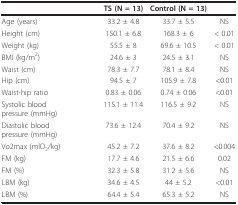
<table><thead><tr><td></td><td><b>TS (N = 13)</b></td><td><b>Control (N = 13)</b></td><td></td></tr></thead><tbody><tr><td>Age (years)</td><td>33.2 ± 4.8</td><td>33.7 ± 5.5</td><td>NS</td></tr><tr><td>Height (cm)</td><td>150.1 ± 6.8</td><td>168.3 ± 6</td><td>&lt; 0.01</td></tr><tr><td>Weight (kg)</td><td>55.5 ± 8</td><td>69.6 ± 10.5</td><td>&lt; 0.01</td></tr><tr><td>BMI (kg/m<sup>2</sup>)</td><td>24.6 ± 3</td><td>24.5 ± 3.1</td><td>NS</td></tr><tr><td>Waist (cm)</td><td>78.3 ± 7.7</td><td>78.1 ± 8.4</td><td>NS</td></tr><tr><td>Hip (cm)</td><td>94.5 ± 7</td><td>105.9 ± 7.8</td><td>&lt;0.01</td></tr><tr><td>Waist-hip ratio</td><td>0.83 ± 0.06</td><td>0.74 ± 0.06</td><td>&lt;0.01</td></tr><tr><td>Systolic blood pressure (mmHg)</td><td>115.1 ± 11.4</td><td>116.5 ± 9.2</td><td>NS</td></tr><tr><td>Diastolic blood pressure (mmHg)</td><td>73.6 ± 12.4</td><td>70.4 ± 9.2</td><td>NS</td></tr><tr><td>Vo2max (mlO<sub>2</sub>/kg)</td><td>45.2 ± 7.2</td><td>37.6 ± 8.2</td><td>&lt;0.004</td></tr><tr><td>FM (kg)</td><td>17.7 ± 4.6</td><td>21.5 ± 6.6</td><td>0.02</td></tr><tr><td>FM (%)</td><td>32.3 ± 5.8</td><td>31.2 ± 5.6</td><td>NS</td></tr><tr><td>LBM (kg)</td><td>34.6 ± 4.5</td><td>44 ± 5.2</td><td>&lt;0.01</td></tr><tr><td>LBM (%)</td><td>64.4 ± 5.4</td><td>65.3 ± 5.2</td><td>NS</td></tr></tbody></table>